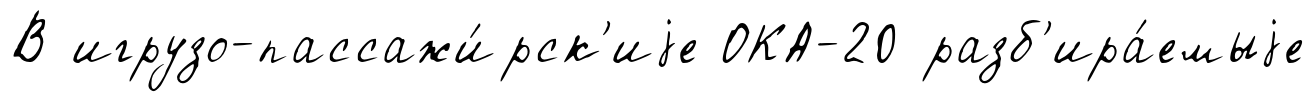
В игрузо-пассажи́рск'иjе ОКА-20 разб'ира́емыjе